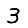
Digit: 3